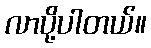
လာပို့ပါတယ်။